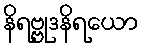
နိရဗ္ဗုဒနိရယော